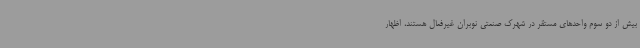
بیش از دو سوم واحدهای مستقر در شهرک صنعتی نوبران غیرفعال هستند، اظهار